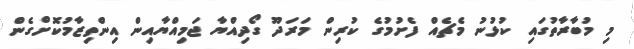
މި މުބާރާތުގައި ކުޅުނު މެޗެއް ފެށުމުގެ ކުރިން މަރަދޫ ގޯދިއްޔާ ޖަމިއްޔާއިން އިންތިޒާމުކޮށްގެން